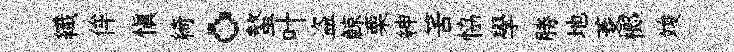
織侔愼綺。螯叶盗鯨栗紳筈恊學勝地菱榔竣